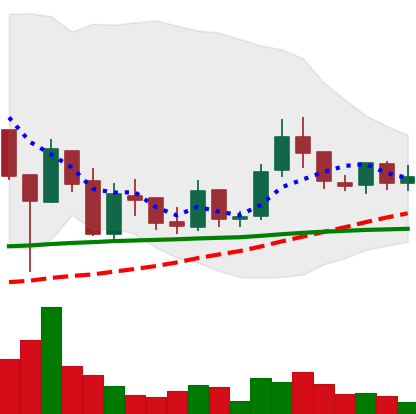
Ticker: LINK-USD
Chart end date: 2019-02-15
Forward return: 7.654%
Label: up_7plus